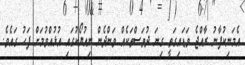
އެމަނިކުފާނު ރާއްޖެ ވަޑައިގަތީ ގިނަ ދުވަސްތަކެއް ވަންދެން ނިއުޔޯކުގައި އުޅުއްވުމަށް ފަހު ގައެވެ.